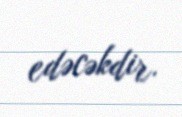
edəcəkdir.